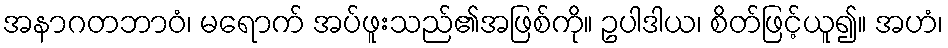
အနာဂတဘာဝံ၊ မရောက် အပ်ဖူးသည်၏အဖြစ်ကို။ ဥပါဒါယ၊ စိတ်ဖြင့်ယူ၍။ အဟံ၊